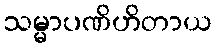
သမ္မာပဏိဟိတာယ